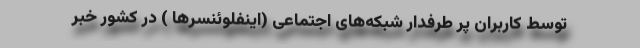
توسط کاربران پر طرفدار شبکه‌های اجتماعی (اینفلوئنسرها ) در کشور خبر